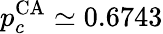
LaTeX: p_{c}^{\mathrm{CA}}\simeq 0.6743